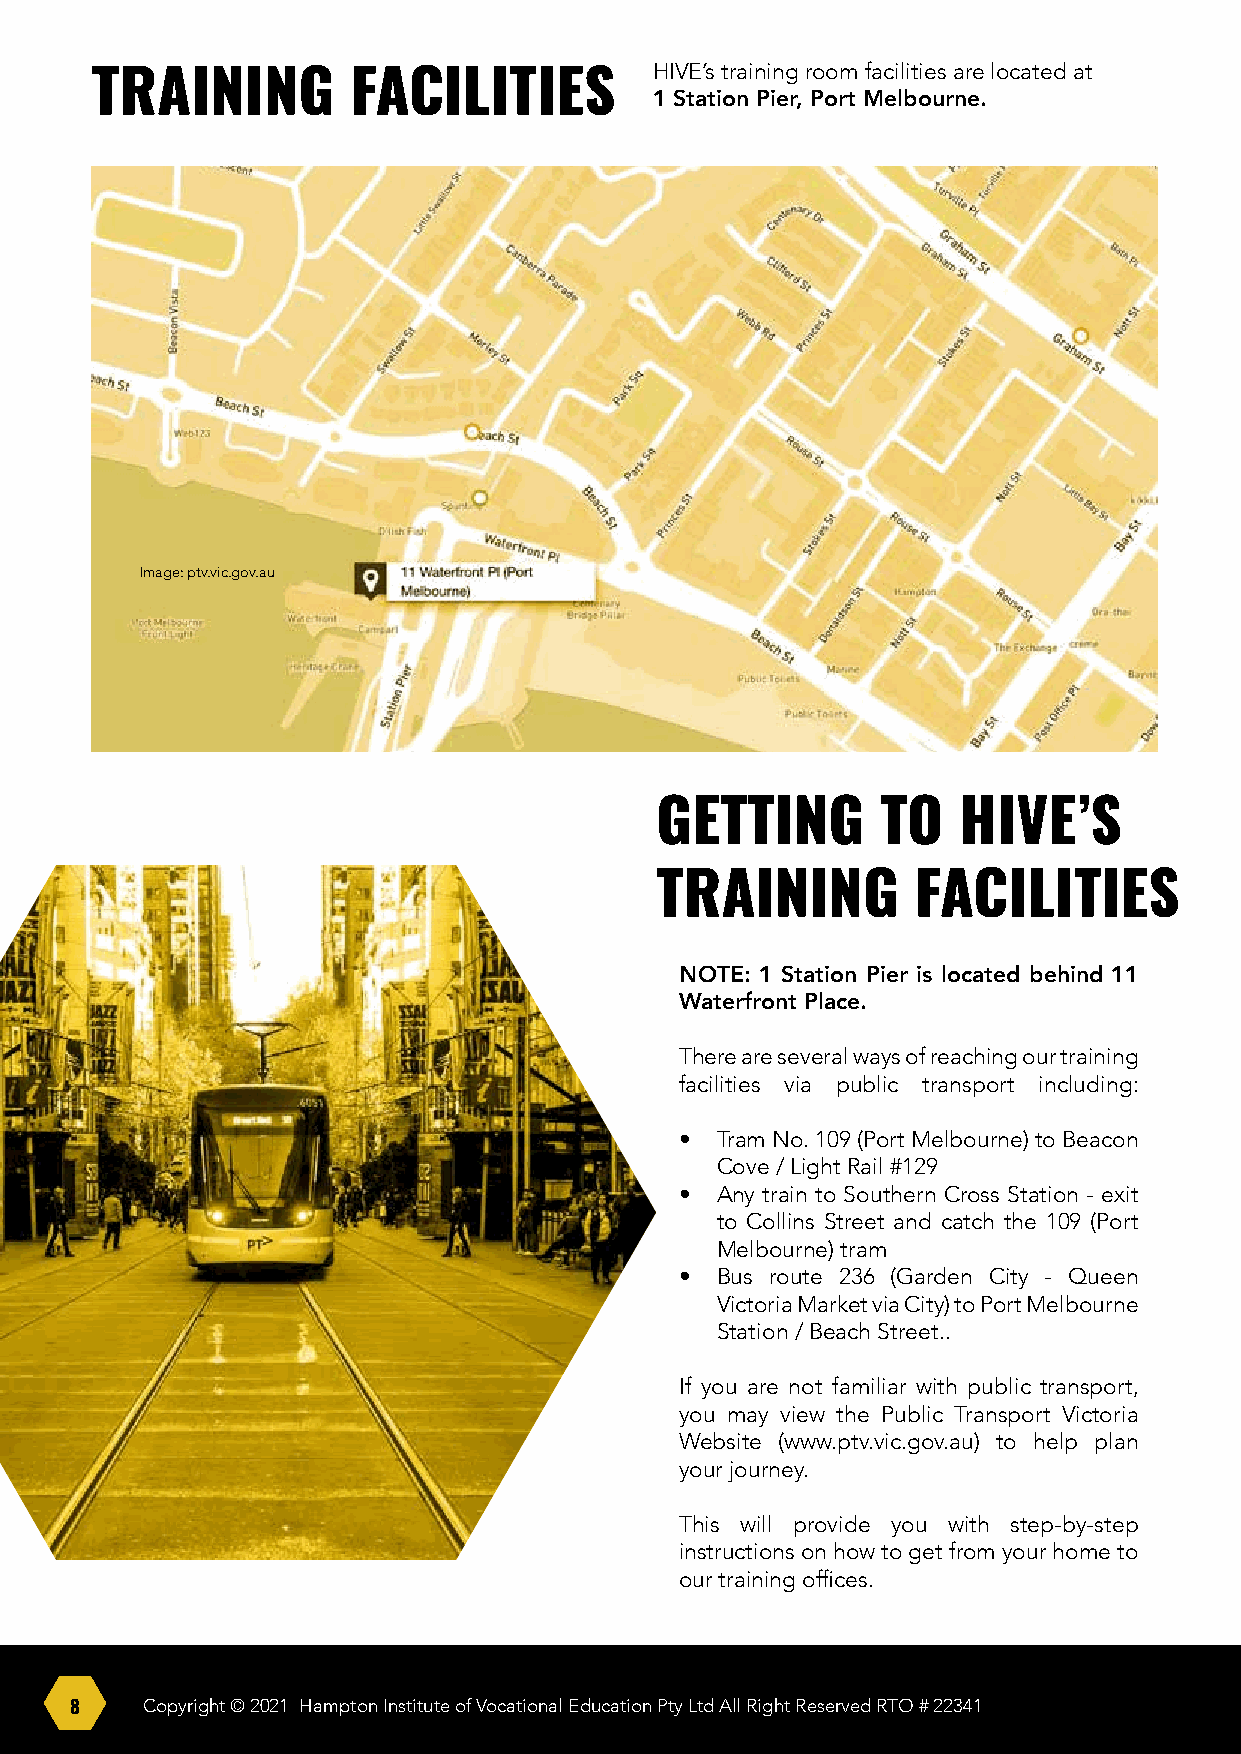
HIVE’s training room facilities are located at
 TRAINING         FACILITIES
 1 Station Pier, Port Melbourne.
 Image: ptv.vic.gov.au
 GETTING        TO   HIVE’S
 TRAINING          FACILITIES
 NOTE: 1 Station Pier is located behind 11
 Waterfront Place.
 There are several ways of reaching our training
 facilities via public transport including:
 • Tram No. 109 (Port Melbourne) to Beacon
 Cove / Light Rail #129
 • Any train to Southern Cross Station - exit
 to Collins Street and catch the 109 (Port
 Melbourne) tram
 • Bus route 236 (Garden City - Queen
 Victoria Market via City) to Port Melbourne
 Station / Beach Street..
 If you are not familiar with public transport,
 you may view the Public Transport Victoria
 Website (www.ptv.vic.gov.au) to help plan
 your journey.
 This will provide you with step-by-step
 instructions on how to get from your home to
 our training offices.
 8   Copyright © 2021 Hampton Institute of Vocational Education Pty Ltd All Right Reserved RTO # 22341